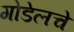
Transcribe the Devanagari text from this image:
गोडेलचे